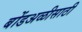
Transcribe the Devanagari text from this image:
बोंडअळीसाठी